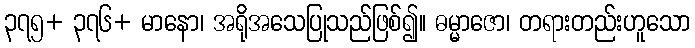
၃၇၅+ ၃၇၆+ မာနော၊ အရိုအသေပြုသည်ဖြစ်၍။ ဓမ္မာဇော၊ တရားတည်းဟူသော